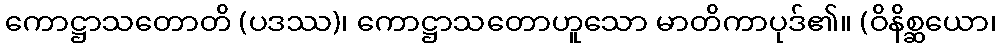
ကောဋ္ဌာသတောတိ (ပဒဿ)၊ ကောဋ္ဌာသတောဟူသော မာတိကာပုဒ်၏။ (ဝိနိစ္ဆယော၊